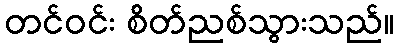
တင်ဝင်း စိတ်ညစ်သွားသည်။